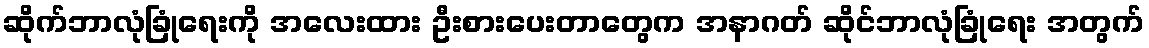
ဆိုက်ဘာလုံခြုံရေးကို အလေးထား ဦးစားပေးတာတွေက အနာဂတ် ဆိုင်ဘာလုံခြုံရေး အတွက်